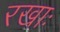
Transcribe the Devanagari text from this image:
रखाः